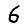
Digit: 6